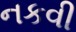
નકવી